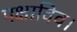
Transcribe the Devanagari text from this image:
पक्षाविव।